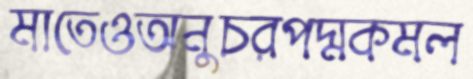
মাতেওঅনুচরপদ্মকমল